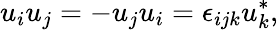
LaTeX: u_{i}u_{j}=-u_{j}u_{i}=\epsilon_{ijk}u_{k}^{*},